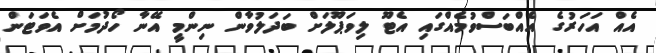
އެއް އަހަރުގެ އެއްބަސްވުމެއްގައި އެޓޫ ލިވަޕޫލަށް ބަދަލުވާން ނިންމީ އޭނާ ހޯދުމަށް އެވަޓަން